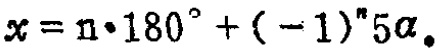
$x = n\cdot180^{\circ}+(-1)^{n}5\alpha$